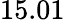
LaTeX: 15.01